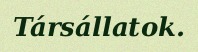
Társállatok.